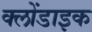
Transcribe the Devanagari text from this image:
क्लोंडाइक